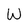
Character: W